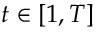
t \in [ 1 , T ]